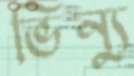
ভিন্যু